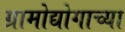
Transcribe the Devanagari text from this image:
ग्रामोद्योगाच्या